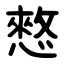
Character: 憗